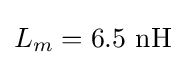
L_{m}=6.5\ \mathrm {nH}